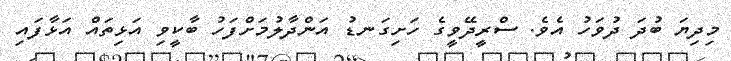
މިދިޔަ ބުދަ ދުވަހު އެވެ. ސްރީދޭވީގެ ހަށިގަނޑު އަންދާލުމަށްފަހު ބާކީވި އަޅިތައް އަޅާފައި